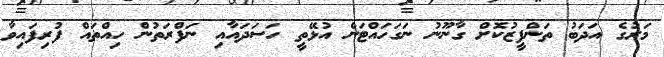
މަރުގެ އަދަބު ތަންފީޒުކޮށް ގާނޫނު ނަގަހައްޓަން އުޅޭތީ ހަސަދައާއި ނަފްރަތުން ހިއްތައް ފުރިފައިވާ